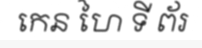
កេន ហៃ ទី ព័រ